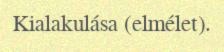
Kialakulása (elmélet).